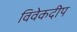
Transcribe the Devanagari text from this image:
विवेकदीप